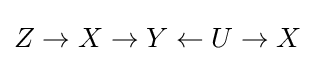
Z\rightarrow X\rightarrow Y\leftarrow U\rightarrow X